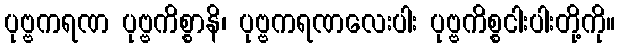
ပုဗ္ဗကရဏ ပုဗ္ဗကိစ္စာနိ၊ ပုဗ္ဗကရဏလေးပါး ပုဗ္ဗကိစ္စငါးပါးတို့ကို။